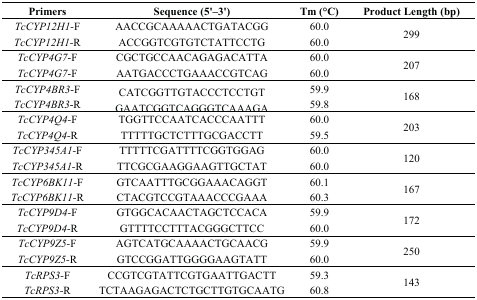
| Primers | Sequence (5'–3') | Tm (°C) | Product Length (bp) |
 | --- | --- | --- | --- |
 | TcCYP12H1-F | AACCGCAAAAACTGATACGG | 60.0 | <ROWSPAN=2> 299 |
 | TcCYP12H1-R | ACCGGTCGTGTCTATTCCTG | 60.0 |
 | TcCYP4G7-F | CGCTGCCAACAGAGACATTA | 60.0 | <ROWSPAN=2> 207 |
 | TcCYP4G7-F | AATGACCCTGAAACCGTCAG | 60.0 |
 | TcCYP4BR3-F | CATCGGTTGTACCCTCCTGT | 59.9 | <ROWSPAN=2> 168 |
 | TcCYP4BR3-R | GAATCGGTCAGGGTCAAAGA | 59.8 |
 | TcCYP4Q4-F | TGGTTCCAATCACCCAATTT | 60.0 | <ROWSPAN=2> 203 |
 | TcCYP4Q4-R | TTTTTGCTCTTTGCGACCTT | 59.5 |
 | TcCYP345A1-F | TTTTTCGATTTTCGGTGGAG | 60.0 | <ROWSPAN=2> 120 |
 | TcCYP345A1-R | TTCGCGAAGGAAGTTGCTAT | 60.0 |
 | TcCYP6BK11-F | GTCAATTTGCGGAAACAGGT | 60.1 | <ROWSPAN=2> 167 |
 | TcCYP6BK11-R | CTACGTCCGTAAACCCGAAA | 60.3 |
 | TcCYP9D4-F | GTGGCACAACTAGCTCCACA | 59.9 | <ROWSPAN=2> 172 |
 | TcCYP9D4-R | GTTTTCCTTTACGGGCTTCC | 60.0 |
 | TcCYP9Z5-F | AGTCATGCAAAACTGCAACG | 59.9 | <ROWSPAN=2> 250 |
 | TcCYP9Z5-R | GTCCGGATTGGGGAAGTATT | 60.0 |
 | TcRPS3-F | CCGTCGTATTCGTGAATTGACTT | 59.3 | <ROWSPAN=2> 143 |
 | TcRPS3-R | TCTAAGAGACTCTGCTTGTGCAATG | 60.8 |